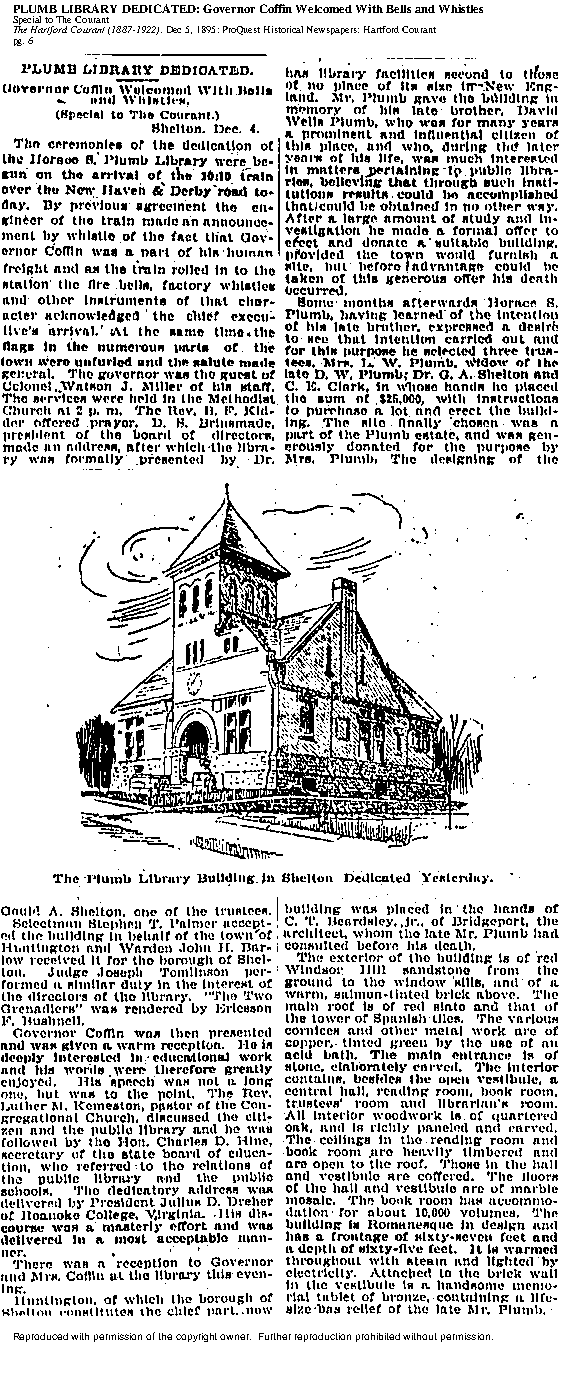
PLUMB LIBRARY DEDICATED: Governor Coffin Welcomed With Bells and Whistles
 Special to The Courant
 The Hartford Courant (1887-1922); Dec 5, 1895; ProQuest Historical Newspapers: Hartford Courant
 pg. 6
 Reproduced with permission of the copyright owner. Further reproduction prohibited without permission.